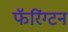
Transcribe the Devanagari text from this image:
फॅरिंग्टन